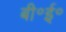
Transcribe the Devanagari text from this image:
बी॰ई॰